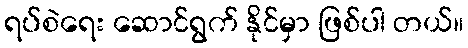
ရပ်စဲရေး ဆောင်ရွက် နိုင်မှာ ဖြစ်ပါ တယ်။